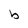
Character: b